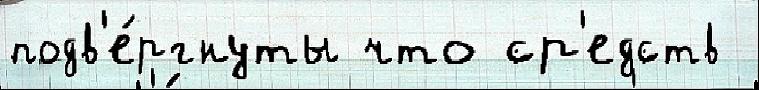
подв'е́ргнуты что ср'едств